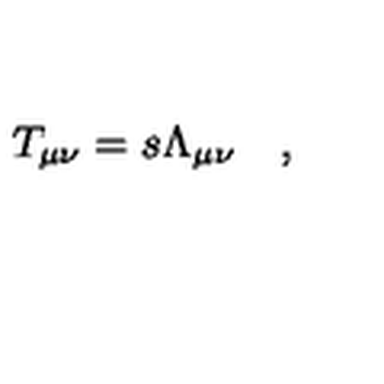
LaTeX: T _ { \mu \nu } = s \Lambda _ { \mu \nu } \quad ,